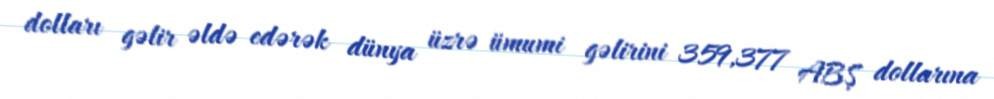
dolları gəlir əldə edərək dünya üzrə ümumi gəlirini 359,377 ABŞ dollarına